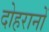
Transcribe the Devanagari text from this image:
दोहरानों